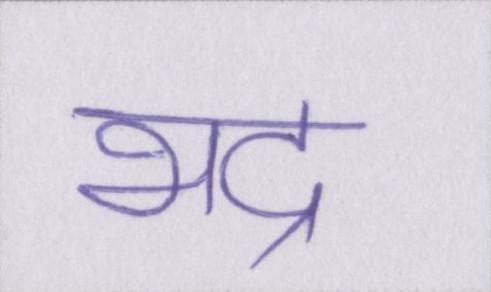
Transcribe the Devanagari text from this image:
भद्र